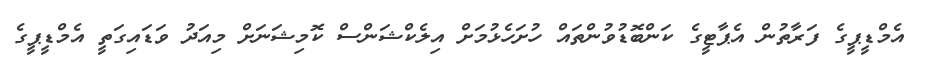
އެމްޑީޕީގެ ފަރާތުން އެޕާޓީގެ ކަންބޮޑުވުންތައް ހުށަހެޅުމަށް އިލެކްޝަންސް ކޮމިޝަނަށް މިއަދު ވަޑައިގަތީ އެމްޑީޕީގެ